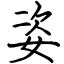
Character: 姿